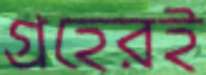
গ্রহেরই